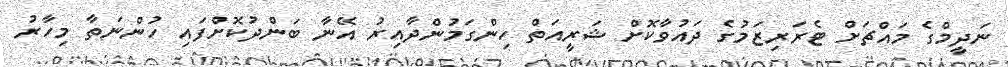
ނަދީމްގެ މައްޗަށް ޓެރަރިޒަމުގެ ދައުވާކޮށް ޝަރީއަތް ހިންގަމުންދާއިރު އޭނާ ބަންދުކޮށްފައި ހުންނަތާ މިހާރު